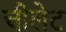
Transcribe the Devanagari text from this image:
चीलेट